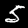
Digit: 5